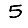
Digit: 5